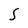
Character: S